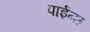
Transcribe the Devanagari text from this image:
पाईन्छ